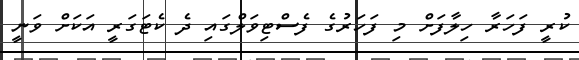
ކުރީ ފަހަރާ ހިލާފަށް މި ފަހަރުގެ ފެސްޓިވަލްގައި ދެ ކެޓަގަރީ އަކަށް ވަނީ